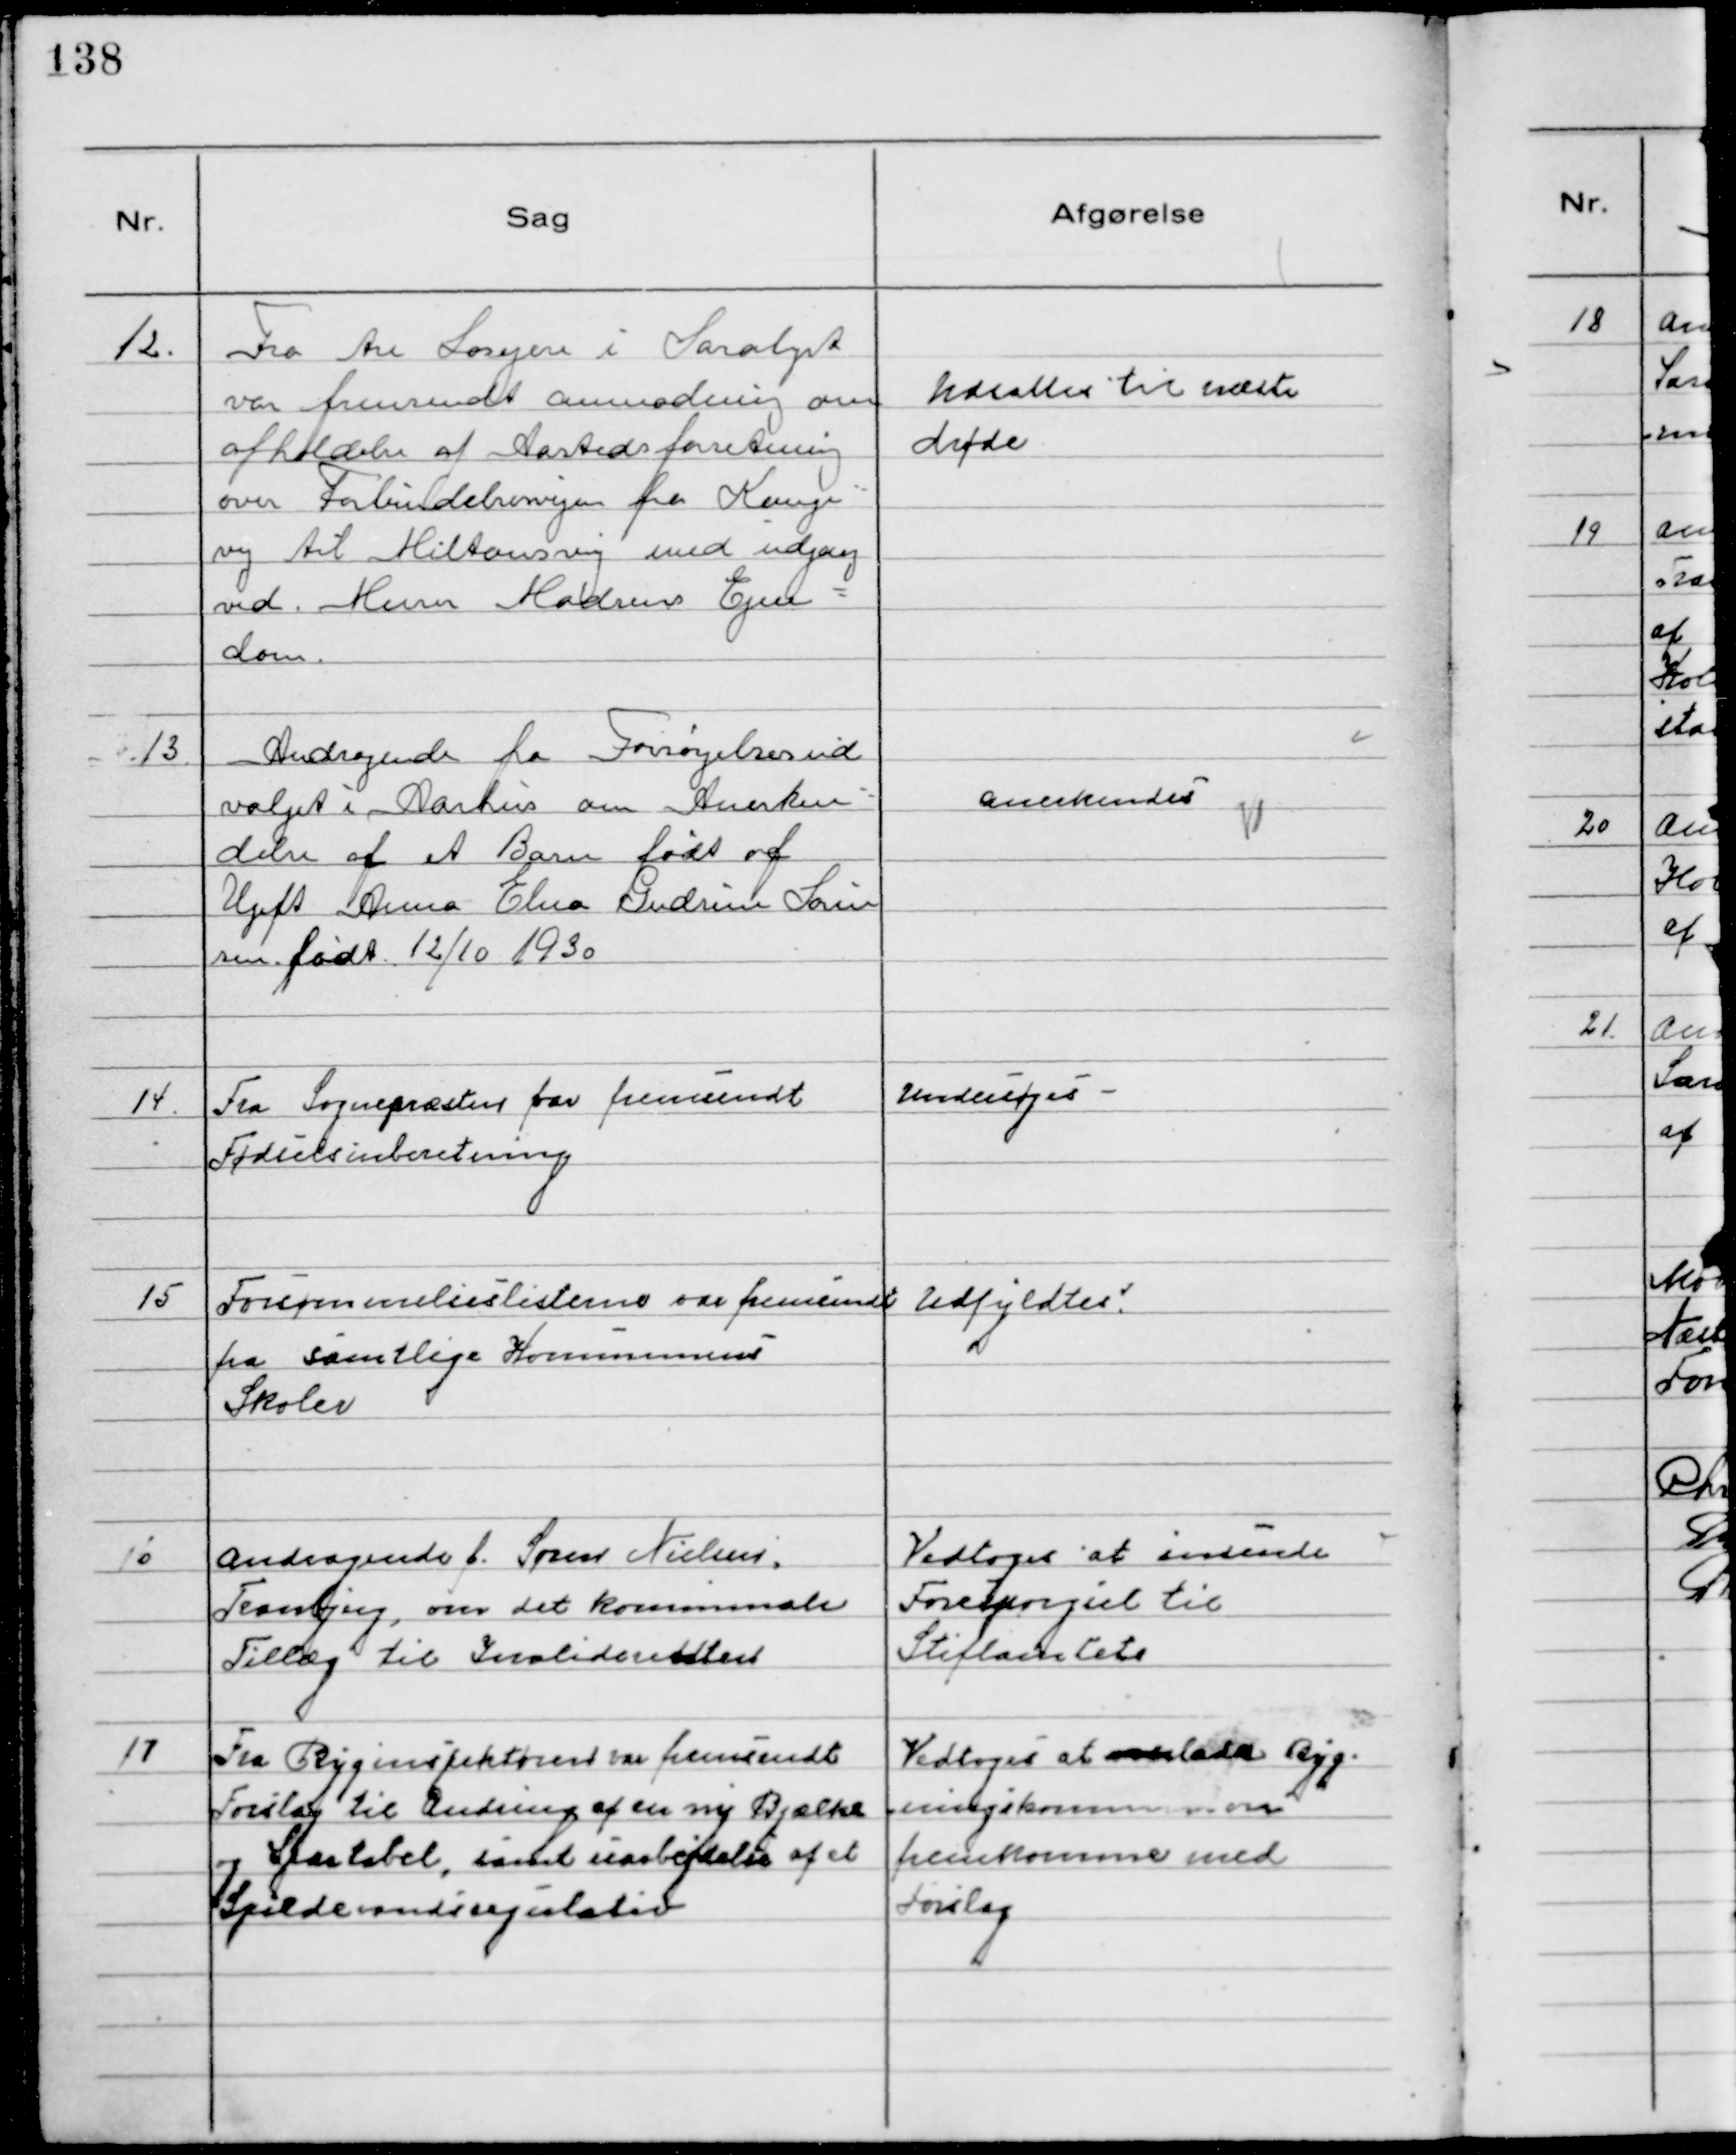
Transskription:
12.
Fra tre Losejere i Saralyst
var fremsendt anmodning om
afholdelse af Aastedsforretning
over Forbindelsesvejen fra Konge-
vej til Miltonsvej med udgang
ved Murer Madsens Ejen-
dom.

Udsattes til næste
Møde

13
Andragende fra Forsørgelsesud
valget i Aarhus om Anerken-
delse af et Barn født af
Ugift Anna Elna Gudrun Søren
sen født 12/10 1930

Anerkendes

14.
Fra Sognepræsten var fremsendt
Fødselseinberetning

Undersøges

15
Forsømmelseslisterne var fremsendt
fra samtlige Kommunens
Skoler

Udfyldtes

16
Andragende f. Søren Nielsen
Tranbjerg, om det kommunale
Tillæg til Invalidestøtten

Vedtoges at indsende
Forespørgsel til
Stiftamtet

17
Fra Byginspektøren var fremsendt
Forslag til Ændring af en ny Bjælke
og Spærtabel, samt uarbejdelse af et
Spildevandsregulativ

Vedtoges at overlade Byg-
ningskommision
fremkomme med
forslag